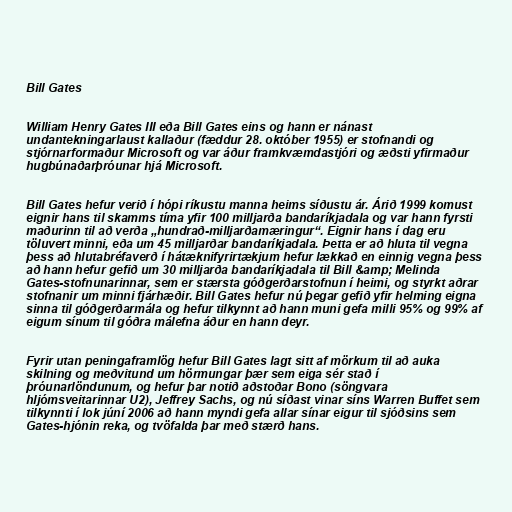
Bill Gates

William Henry Gates III eða Bill Gates eins og hann er nánast
undantekningarlaust kallaður (fæddur 28. október 1955) er stofnandi og
stjórnarformaður Microsoft og var áður framkvæmdastjóri og æðsti yfirmaður
hugbúnaðarþróunar hjá Microsoft.

Bill Gates hefur verið í hópi ríkustu manna heims síðustu ár. Árið 1999 komust
eignir hans til skamms tíma yfir 100 milljarða bandaríkjadala og var hann fyrsti
maðurinn til að verða „hundrað-milljarðamæringur“. Eignir hans í dag eru
töluvert minni, eða um 45 milljarðar bandaríkjadala. Þetta er að hluta til vegna
þess að hlutabréfaverð í hátæknifyrirtækjum hefur lækkað en einnig vegna þess
að hann hefur gefið um 30 milljarða bandaríkjadala til Bill &amp; Melinda
Gates-stofnunarinnar, sem er stærsta góðgerðarstofnun í heimi, og styrkt aðrar
stofnanir um minni fjárhæðir. Bill Gates hefur nú þegar gefið yfir helming eigna
sinna til góðgerðarmála og hefur tilkynnt að hann muni gefa milli 95% og 99% af
eigum sínum til góðra málefna áður en hann deyr.

Fyrir utan peningaframlög hefur Bill Gates lagt sitt af mörkum til að auka
skilning og meðvitund um hörmungar þær sem eiga sér stað í
þróunarlöndunum, og hefur þar notið aðstoðar Bono (söngvara
hljómsveitarinnar U2), Jeffrey Sachs, og nú síðast vinar síns Warren Buffet sem
tilkynnti í lok júní 2006 að hann myndi gefa allar sínar eigur til sjóðsins sem
Gates-hjónin reka, og tvöfalda þar með stærð hans.